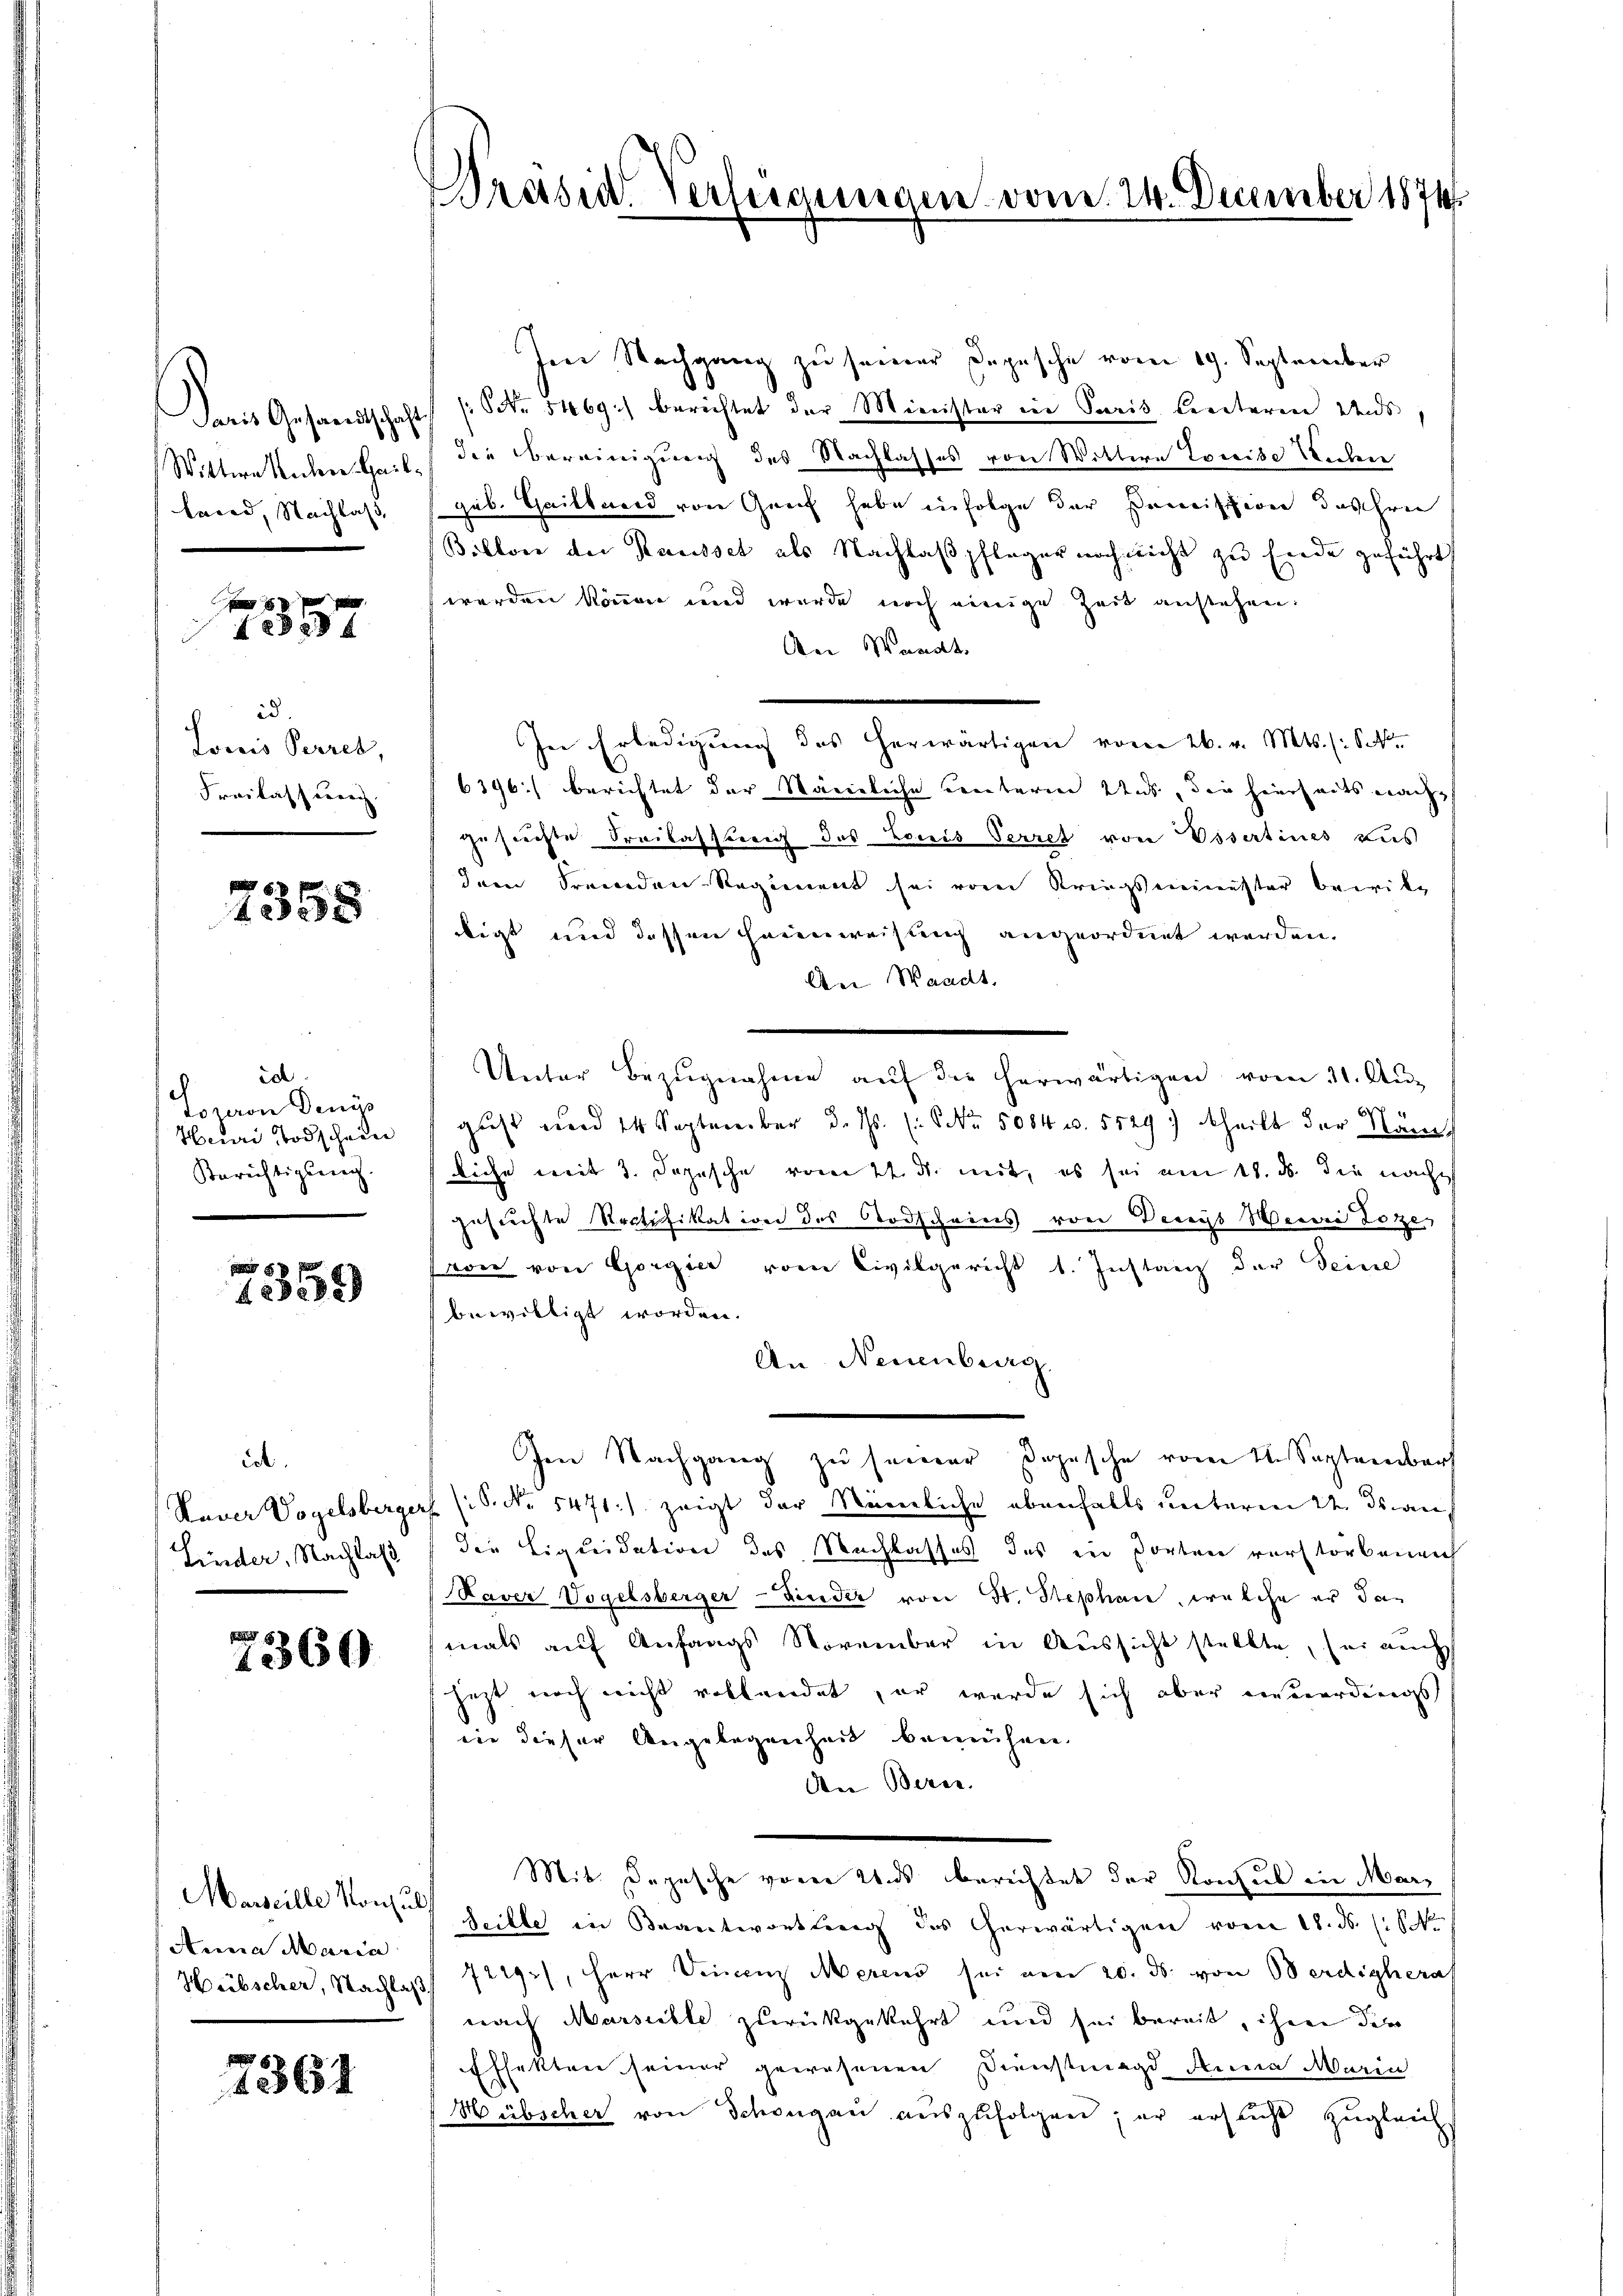
Das Gesandtschaft
Wittwe Andere Gailland, Nachlaß,

f 8 x
1357

id.
Louis Perret,
Freilass berei

7358

id
e
Lozeron Denis
Heure Todschein
Berichtigsrech

5 x
423. 18

ict.
Kaver Vogelsbergerf
Linder, Nachlaß

7360

Marseille von
Anna Marie
Hübscher, Nachlaß

7361

Pressid. Verlassen

de

Im Nachgang zu seiner Depesche vom 19. September
(Nr. 5469) berichtet der Minister in Paris bereteren uns,
die Bereinigung des Nachlasses von Wittern Erweise Wochen
gub. Gailland von Genf habe infolge der semission das ihren
Billon der Kausset als Nachlaß pfleger noch nicht zu Ende geführt,
werden können und wurde noch einige Zeit anstehen.
Aei Wandts
In Erledigung des herwärtigen vom 26. v. Mts. (: St.
6396) berichtet der Stämmliche Centeren uns, die hierheits nachgesuchte Freilassung des Louis Verret von Essertines aus
dem Fremden-Regiment sei vom Kriegsminister bewildigt und dessen Hausweisung angeordnet werden.
An Waadt.
Unter Bezŭgnahme aŭf die herwärtigen vom 31. Aŭg
gust und 14 September d. Js. (NNo. 5084 u. 5529) theilt der Näm
liche mit 3. Depesche vom 22. d. mit, es sei am 18. ds. die nach
gesuchte Rectifikation des Todscheins von Deceys Weiner Lotzes
farrer von Gorgier vom Civilgericht 1. Instanz der Seine
bewilligt worden.
An Neuenburg.
Ien Nachgang zu seiner Depesche vom 1. September
(: P. Nr. 5471) zeigt der Nämliche ebenfalls unterm 24. Jan
die Liquidation des Nachlasses des in Porten verstorbeneich
Naver Vogelsberger-Linder von St. Stephan, welche er dan
mals auf Anfangs November in Aussicht stellte, sei auch
jetzt noch nicht vollendet, er wurde sich aber einverdings
ein dieser Angelegenheit bemühen.
An Bern.
Mit Depesche vorer Uns berichtet der Konsul in Mar¬
Seille in Beantwortling des erwärtigen vom 18. d. M
7219), Herr Vincenz Merens sei von 20. ds. von Verdighera
nach Marschle zurückgekehrt und sei bereit, ihren der
Effekten seiner gewesenen Dienstmagd Anna Maria
Hübscher von Schongau auszufolgen; er ersucht zugleichs

vom 24. December 1874